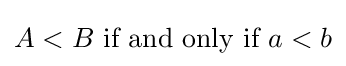
A<B{\text{ if and only if }}a<b